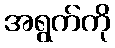
အရွက်ကို